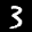
Label: 3